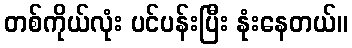
တစ်ကိုယ်လုံး ပင်ပန်းပြီး နုံးနေတယ်။